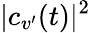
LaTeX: |c_{v^{\prime}}(t)|^{2}